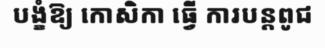
បង្ខំឱ្យ កោសិកា ធ្វើ ការបន្តពូជ